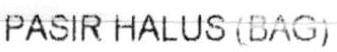
PASIR HALUS (BAG)